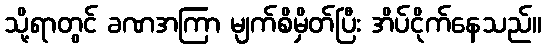
သို့ရာတွင် ခဏအကြာ မျက်စိမှိတ်ပြီး အိပ်ငိုက်နေသည်။